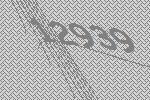
12939